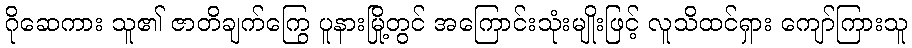
ဂိုဆေကား သူ၏ ဇာတိချက်ကြွေ ပူနားမြို့တွင် အကြောင်းသုံးမျိုးဖြင့် လူသိထင်ရှား ကျော်ကြားသူ